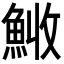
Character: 𩷊